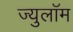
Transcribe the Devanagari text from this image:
ज्युलॉम